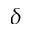
\delta